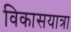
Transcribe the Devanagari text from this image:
विकासयात्रा